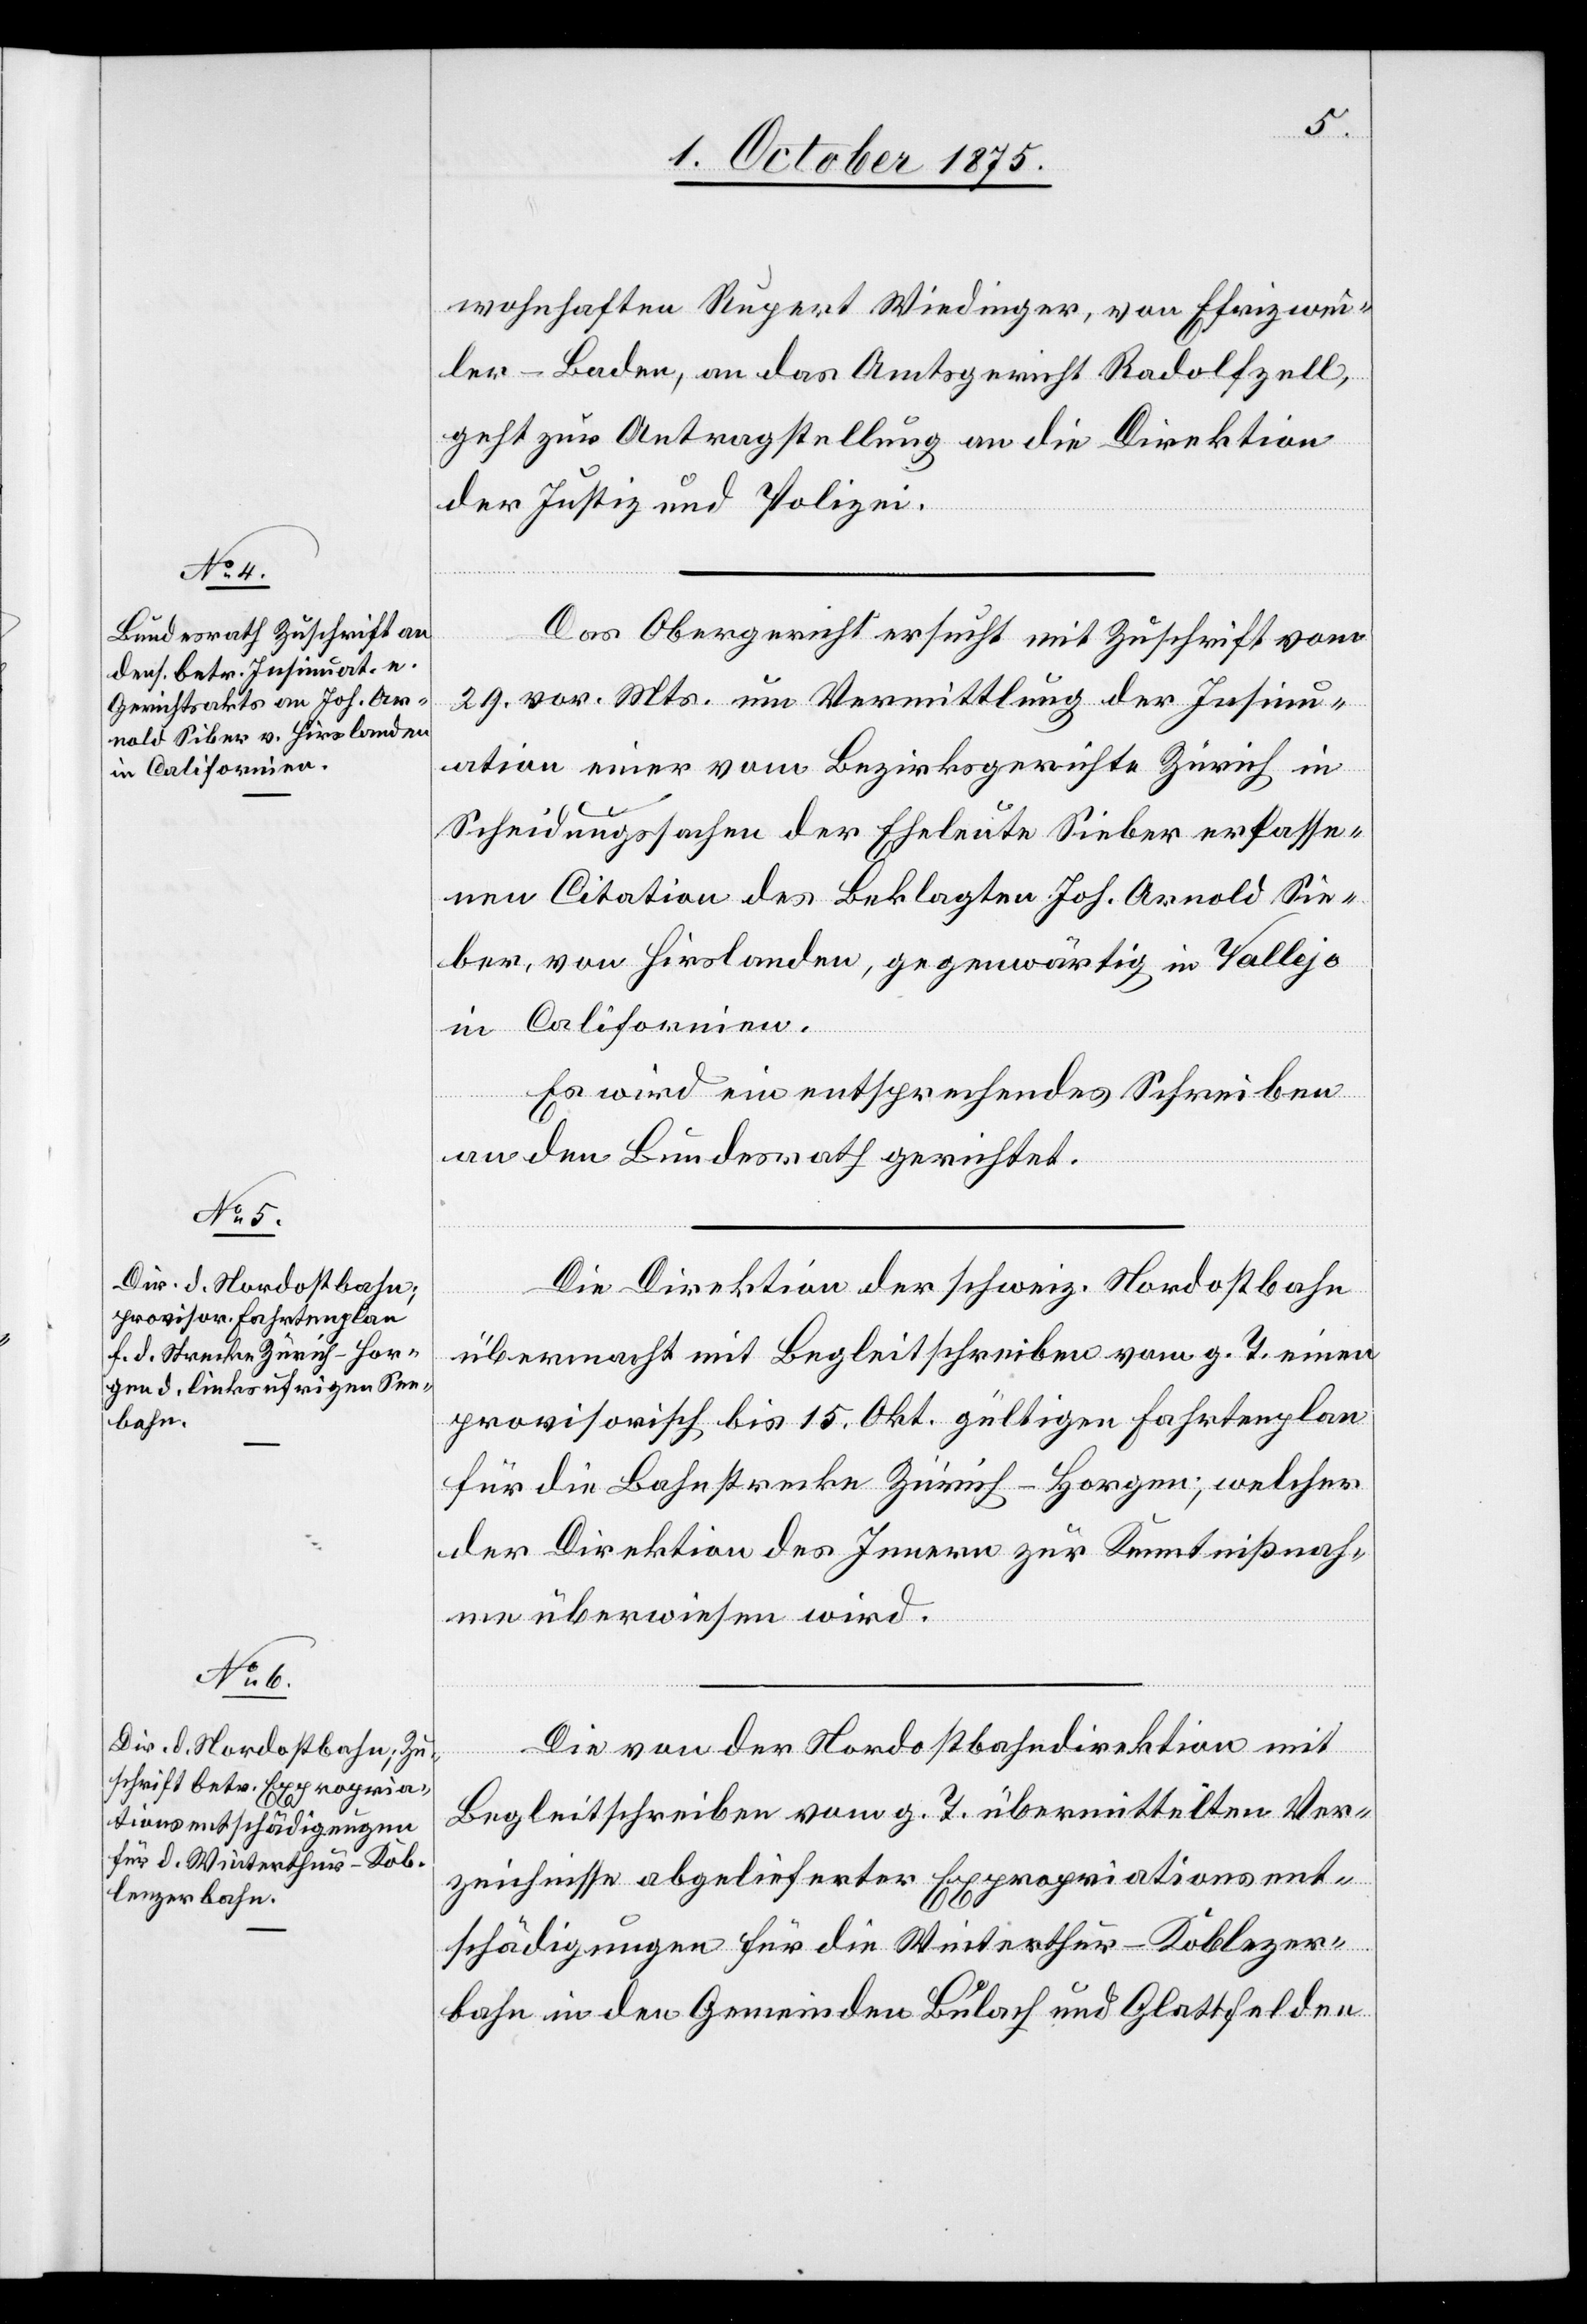
1. October 1875.]
wohnhaften Rupert Wiedinger, von Ehrizwei¬
ler - Baden, an das Amtsgericht Radolfzell,
geht zur Antragstellung an die Direktion
der Justiz und Polizei.
Das Obergericht ersucht mit Zuschrift vom
29. vor. Mts. um Vermittlung der Insinu¬
ation einer vom Bezirksgerichte Zürich in
Scheidungssachen der Eheleute Sieber erlasse¬
nen Citation des Beklagten Joh. Arnold Sie¬
ber, von Hirslanden, gegenwärtig in Vallejo
in Californien.
Es wird ein entsprechendes Schreiben
an den Bundesrath gerichtet.
Die Direktion der schweiz. Nordostbahn
übermacht mit Begleitschreiben vom g. T. einen
provisorisch bis 15. Okt. gültigen Fahrtenplan
für die Bahnstrecke Zürich–Horgen; welcher
der Direktion des Innern zur Kenntnißnah¬
me überwiesen wird.
Die von der Nordostbahndirektion mit
Begleitschreiben vom g. T. übermittelten Ver¬
zeichnisse abgelieferter Expropriationsent¬
schädigungen für die Winterthur-Koblenzer¬
bahn in den Gemeinden Bülach und Glattfelden